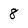
Character: 8